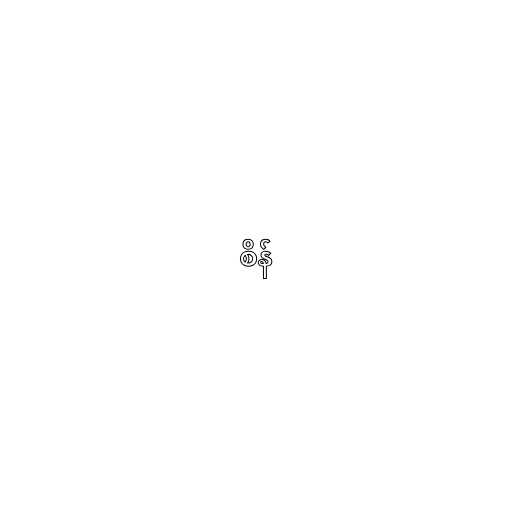
စိန်